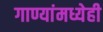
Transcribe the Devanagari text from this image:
गाण्यांमध्येही